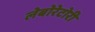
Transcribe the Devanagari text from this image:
लेबोरेटोरी